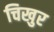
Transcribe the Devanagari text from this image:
चिखुर